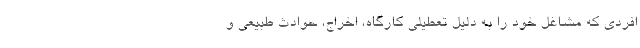
افردی که مشاغل خود را به دلیل تعطیلی کارگاه، اخراج، حوادث طبیعی و